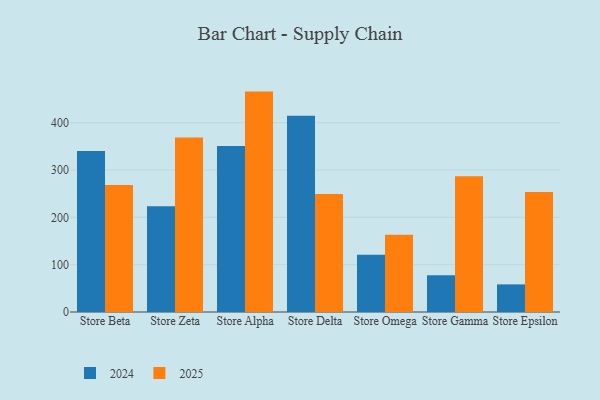
{"axis": {"x": "Store", "y": "Churn Rate (%)"}, "legend": ["2024", "2025"], "data": [{"x": "Store Beta", "y": 339.9, "type": "2024"}, {"x": "Store Beta", "y": 268.1, "type": "2025"}, {"x": "Store Zeta", "y": 223.6, "type": "2024"}, {"x": "Store Zeta", "y": 368.5, "type": "2025"}, {"x": "Store Alpha", "y": 350.8, "type": "2024"}, {"x": "Store Alpha", "y": 465.6, "type": "2025"}, {"x": "Store Delta", "y": 414.8, "type": "2024"}, {"x": "Store Delta", "y": 249.1, "type": "2025"}, {"x": "Store Omega", "y": 121.0, "type": "2024"}, {"x": "Store Omega", "y": 163.0, "type": "2025"}, {"x": "Store Gamma", "y": 77.6, "type": "2024"}, {"x": "Store Gamma", "y": 286.7, "type": "2025"}, {"x": "Store Epsilon", "y": 58.3, "type": "2024"}, {"x": "Store Epsilon", "y": 253.5, "type": "2025"}]}